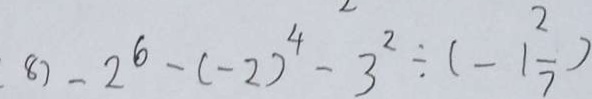
8 ) - 2 ^ { 6 } - ( - 2 ) ^ { 4 } - 3 ^ { 2 } \div ( - 1 \frac { 2 } { 7 } )